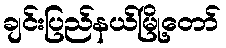
ချင်းပြည်နယ်မြို့တော်